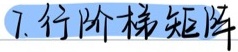
7. 行阶梯矩阵